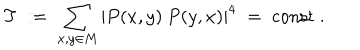
T \; : = \; \sum _ { x , y \in M } | P ( x , y ) \: P ( y , x ) | ^ { 4 } \; = \; { \mathrm { c o n s t } } \; .